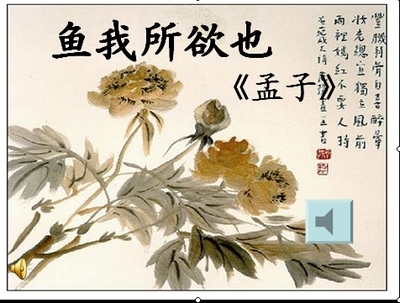
以若所为，求若所欲，犹缘木而求鱼也。